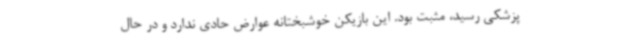
پزشکی رسید، مثبت بود. این بازیکن خوشبختانه عوارض حادی ندارد و در حال